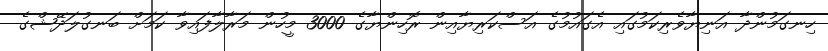
ހިނގަމުންދާ އަނިޔާވެރިކަމުގައި އެގައުމުގެ އަސްކަރިޔާއިން ރޮހިންޔާގެ 3000 މީހުން މަރާލާފައިވާ ކަމަށް ބަނގުލަދޭޝްގެ